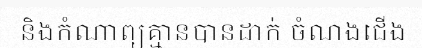
និងកំណាព្យគ្មានបានដាក់ ចំណងជើង